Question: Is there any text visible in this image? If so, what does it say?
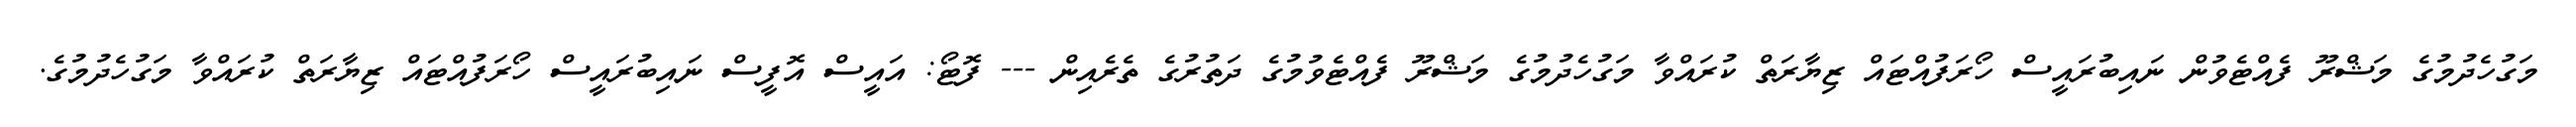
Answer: މަގުހެދުމުގެ މަޝްރޫ ފެއްޓެވުން ނައިބުރައީސް ހޯރަފުއްޓައް ޒިޔާރަތް ކުރައްވާ މަގުހެދުމުގެ މަޝްރޫ ފެއްޓެވުމުގެ ދަތުރުގެ ތެރެއިން --- ފޮޓޯ: އައީސް އޮފީސް ނައިބުރައީސް ހޯރަފުއްޓައް ޒިޔާރަތް ކުރައްވާ މަގުހެދުމުގެ.